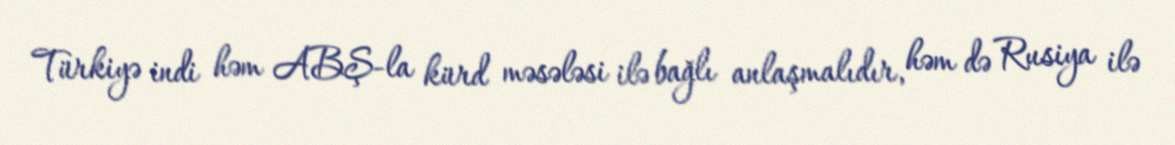
Türkiyə indi həm ABŞ-la kürd məsələsi ilə bağlı anlaşmalıdır, həm də Rusiya ilə